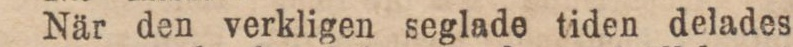
När den verkligen seglade tiden delades